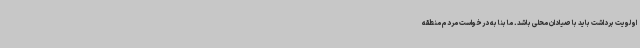
اولویت برداشت باید با صیادان محلی باشد. ما بنا به درخواست مردم منطقه